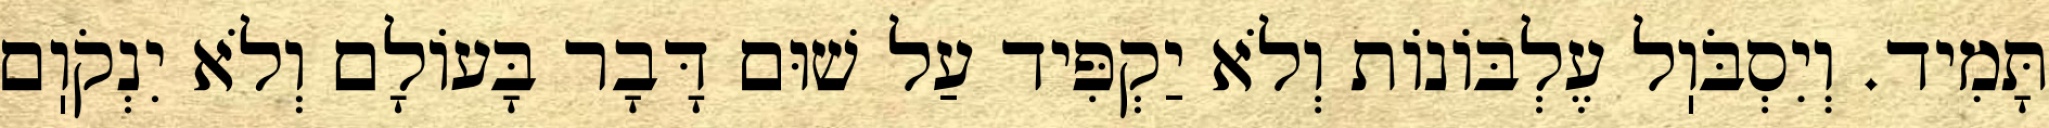
תָּמִיד. וְיִסְבֹּוֽל עֶלְבּוֹנוֹת וְלֹא יַקְפִּיד עַל שׁוּם דָּבָר בָּעוֹלָם וְלֹא יִנְקֹוֽם